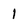
Character: 1